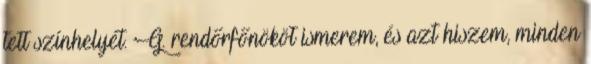
tett színhelyét. G. rendőrfőnököt ismerem, és azt hiszem, minden